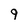
Character: 9